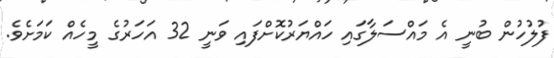
ފުލުހުން ބުނީ އެ މައްސަލާގައި ހައްޔަރުކޮށްފައި ވަނީ 32 އަހަރުގެ މީހެއް ކަމަށެވެ.